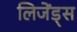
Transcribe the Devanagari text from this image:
लिजेंड्स